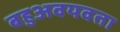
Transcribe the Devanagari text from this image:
बहुअवयवता